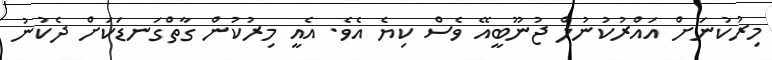
މިރުކުނަށް އައްރުކުނުލް ޖުނޫބީއޭ ވެސް ކިޔެ އެވެ. އެއީ މިރުކުން ގާތްގަނޑަކަށް ދެކުނު